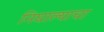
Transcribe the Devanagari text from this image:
निघाल्याचा